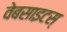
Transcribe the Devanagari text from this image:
वेबसाइटस्